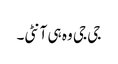
جی جی وہ ہی آنٹی۔